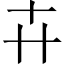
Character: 𠦄